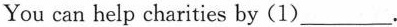
You can help charities by (1)___.